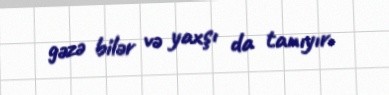
gəzə bilər və yaxşı da tanıyır.